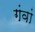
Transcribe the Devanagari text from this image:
गंवां